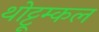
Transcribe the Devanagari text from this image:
थोट्टूम्कल